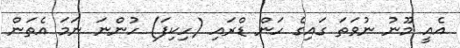
އެއީ މޫނު ނުވަތަ ގައިގެ ހަން ޑްރައި (ހިކިފަ) ހުންނަ ނަމަ އެތަން